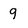
Character: 9